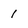
Character: 1